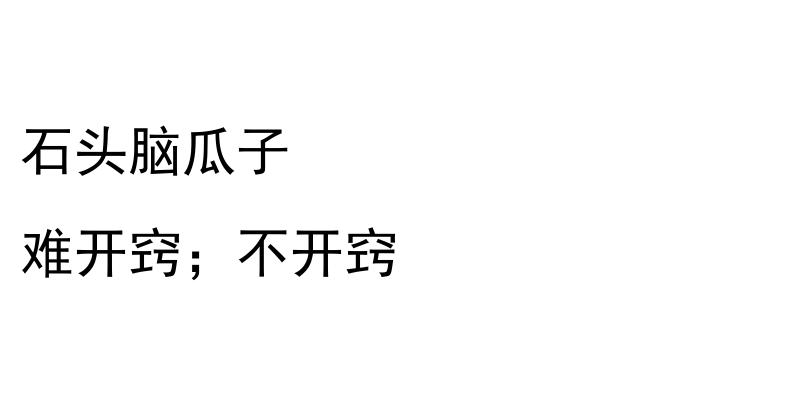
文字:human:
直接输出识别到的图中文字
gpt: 石头脑瓜子 难开窍；不开窍